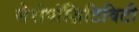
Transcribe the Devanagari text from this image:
सेरोपॉज़िटिविटी